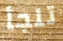
تلجأ